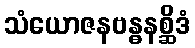
သံယောဇနဗန္ဓနစ္ဆိဒံ